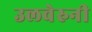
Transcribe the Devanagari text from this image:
उलवेरुनी